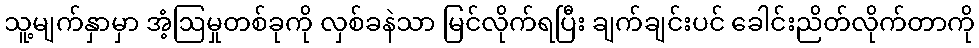
သူ့မျက်နှာမှာ အံ့ဩမှုတစ်ခုကို လှစ်ခနဲသာ မြင်လိုက်ရပြီး ချက်ချင်းပင် ခေါင်းညိတ်လိုက်တာကို